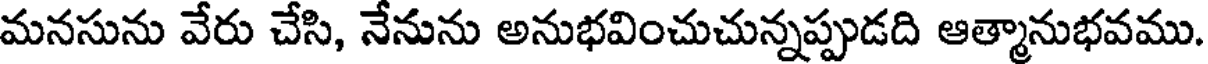
మనసును వేరు చేసి, నేనును అనుభవించుచున్నప్పుడది ఆత్మానుభవము.